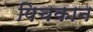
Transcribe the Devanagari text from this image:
पिचकान